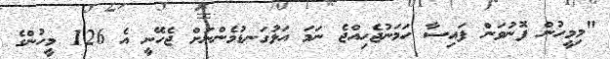
"މިމީހުން ފޮނުވަން ފައިސާ ހަމަނުޖެހިއްޖެ ނަމަ އަޅުގަނޑުމެންނަށް ޖެހޭނީ އެ 126 މީހުންގެ